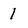
Character: 1